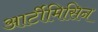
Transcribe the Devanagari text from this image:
आर्टीमिसिन